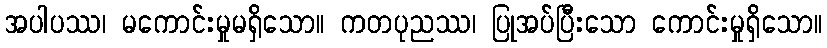
အပါပဿ၊ မကောင်းမှုမရှိသော။ ကတပုညဿ၊ ပြုအပ်ပြီးသော ကောင်းမှုရှိသော။